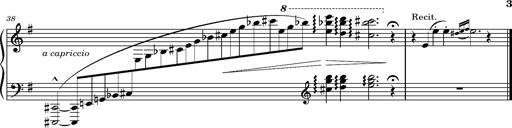
Title: Album-Leaf "Andante religioso"
Composer: Franz Liszt
Key: G major